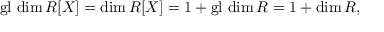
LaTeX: \operatorname { g l } \, \dim R [ X ] = \dim R [ X ] = 1 + \operatorname { g l } \, \dim R = 1 + \dim R ,